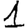
Digit: 1